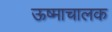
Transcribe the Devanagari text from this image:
ऊष्माचालक